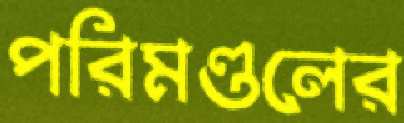
পরিমণ্ডলের